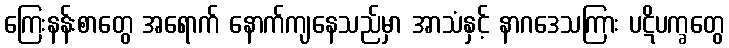
ကြေးနန်းစာတွေ အရောက် နောက်ကျနေသည်မှာ အာသံနှင့် နာဂဒေသကြား ပဋိပက္ခတွေ